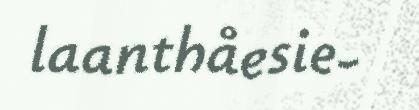
laanthåesie-